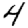
Digit: 4